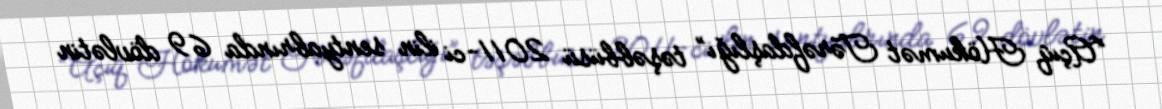
“Açıq Hökumət Tərəfdaşlığı” təşəbbüsü 2011-ci ilin sentyabrında 69 dövlətin